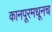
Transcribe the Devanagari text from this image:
कानपूरमधूनच